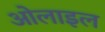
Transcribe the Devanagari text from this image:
ओलाइल